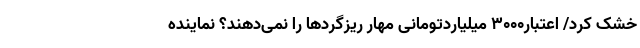
خشک کرد/ اعتبار3000 میلیاردتومانی مهار ریزگردها را نمی‌دهند؟ نماینده